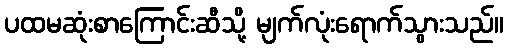
ပထမဆုံးစာကြောင်းဆီသို့ မျက်လုံးရောက်သွားသည်။